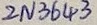
Text: 2N3643